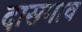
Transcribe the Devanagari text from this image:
दासगाव